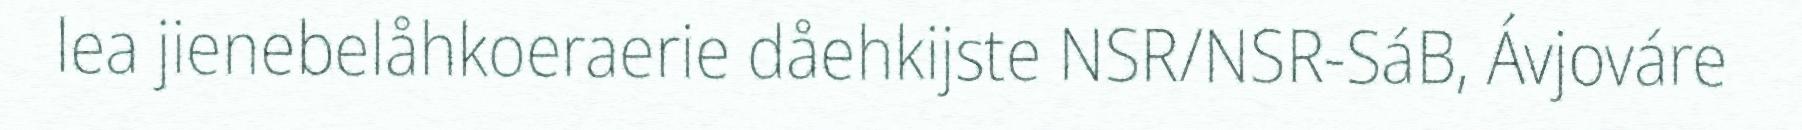
lea jienebelåhkoeraerie dåehkijste NSR/NSR-SáB, Ávjováre